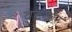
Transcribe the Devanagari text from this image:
वटकर